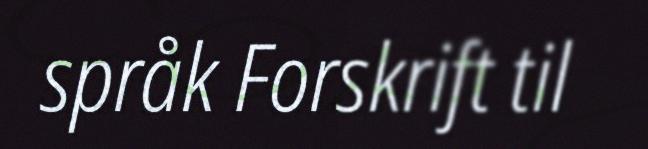
språk Forskrift til